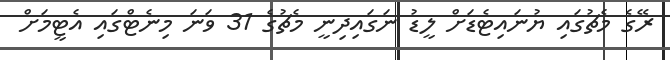
ރޭގެ މެޗުގައި ޔުނައިޓެޑަށް ލީޑު ނަގައިދިނީ މެޗުގެ 31 ވަނަ މިނެޓްގައި އެޓީމަށް